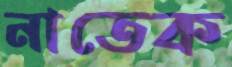
নাতেক